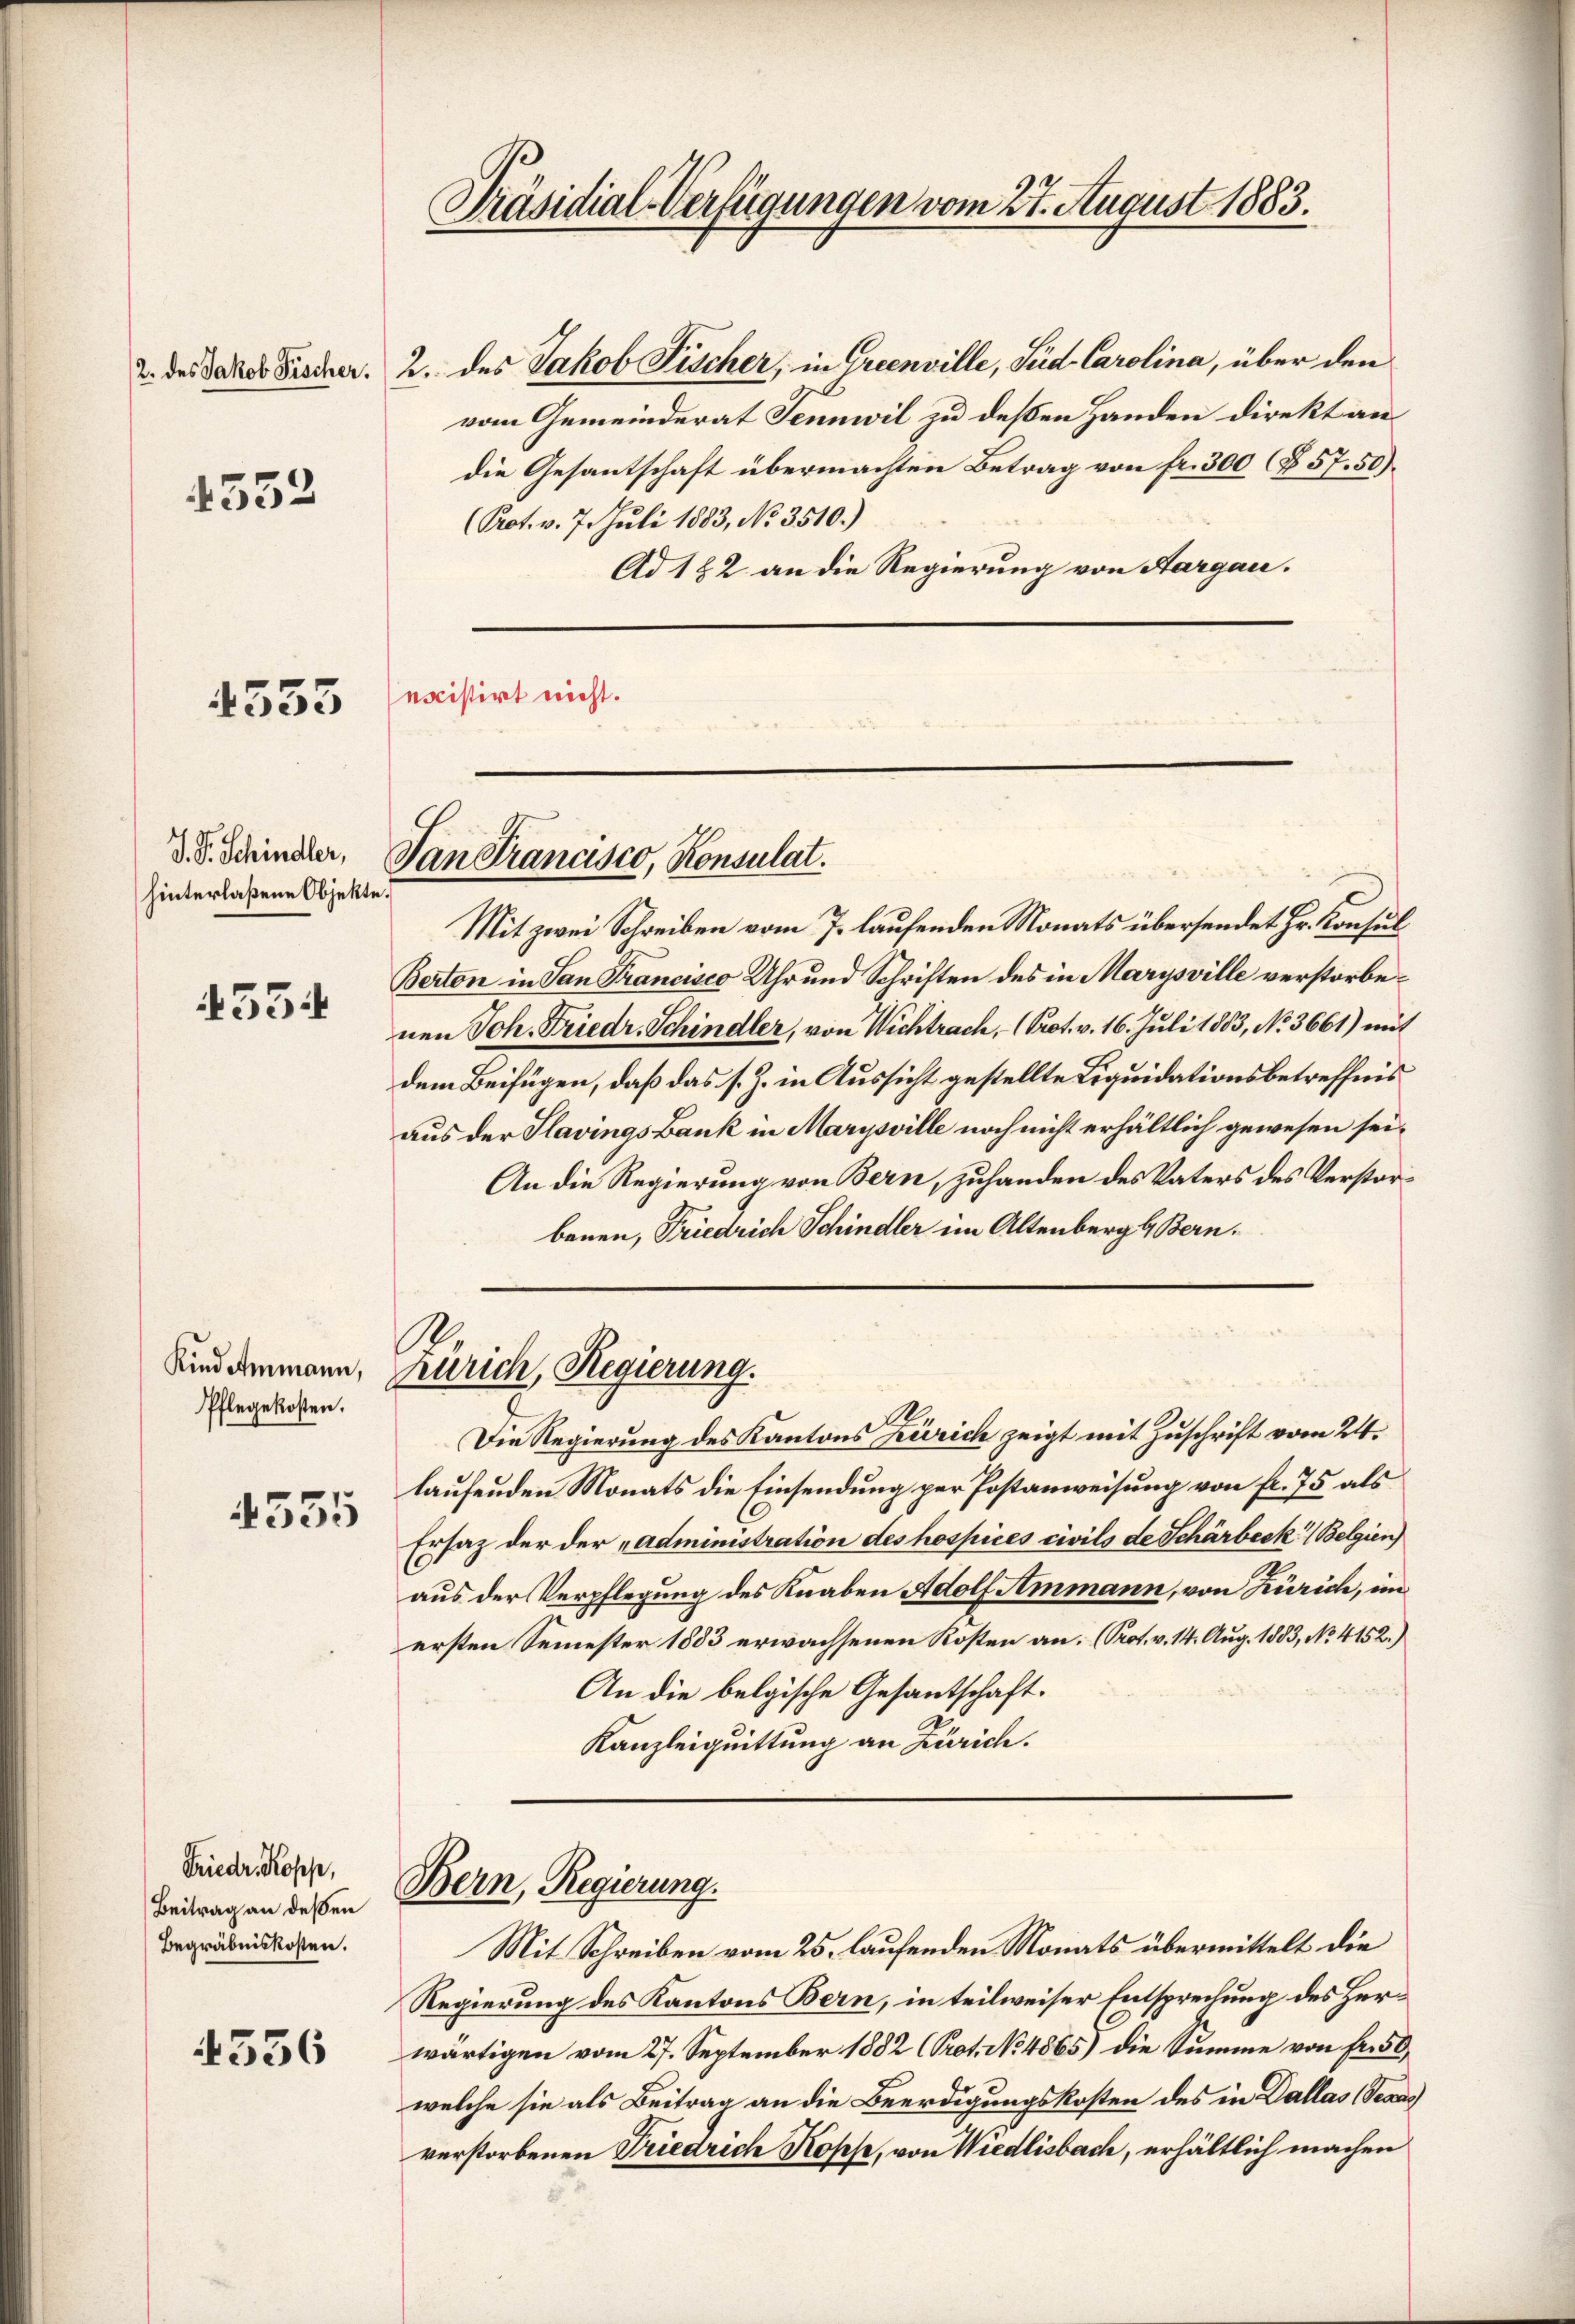
2. des Jakob Fischer.

4552

4553

S. S. Schindler,
hinterlaßene Objekte.

4534

Pflegekosten.

535

Friedr. Kopp,
Beitrag an dessen
Begräbniskosten.

4536

Präsidial-Verfügungen vom 27. August 1883.

Tan Francisco, Konsulat.

Mit zwei Schreiben vom 7. laufenden Monats übersendet Hr. Konsul
Berton in San Francisco Uhr und Schriften des in Marysville verstorbenen Joh. Friedr. Schindler, von Nichtrach, (Prot. v. 16. Juli 1863, No 3661) mit
dem Beifügen, daß das s. Z. in Aussicht gestellte Liquidationsbetreffnis
aus der Slavings Bank in Marysville noch nicht erhältlich gewesen sei.
An die Regierung von Bern, zuhanden des Vaters des Verstorbenen, Friedrich Schindler im Altenberg & Bern.
.
Kindammann, Zürich, Regierung.
Die Regierung des Kantons Zürich zeigt mit Zuschrift vom 24.
laufenden Monats die Einsendung per Postanweisung von fr. 75 als
Ersatz der der „administration des hospices civils de Schärbeck. (Belgien
aus der Verpflegung des Knaben Adolf Ammann, von Zürich, im
ersten Semester 1883 erwachsenen Kosten an. (Prot. v. 14. Aug. 1883, No. 4152.)
An die belgische Gesantschaft.
Kanzleiquittung an Zürich.

2. des Jakob Fischer, in Greenville, Seid Carolina, über den
vom Gemeinderat Jennwil zu deßen Handen direkt an
die Gesantschaft übermachten Betrag von fr. 300 (§ 57. 50).
(Prot. v. 7. Juli 1883, No 3510.)
Ad 182 an die Regierung von Aargau.
existirt nicht.

Bern, Regierung.

Mit Schreiben vom 25. laufenden Monats übermittelt die
Regierung des Kantons Bern, in teilweiser Entsprechung des Herwärtigen vom 27. September 1882 (Prot. No. 4865) die Summe von Fr. 50
welche sie als Beitrag an die Beerdigungskosten des in Dallas Texas
verstorbenen Friedrich Koses, von Wiedlisbach, erhältlich machen